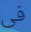
فى